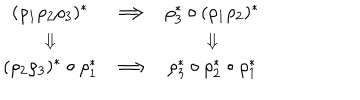
\begin{array} { c c c } { { ( \rho _ { 1 } \rho _ { 2 } \rho _ { 3 } ) ^ { * } } } & { { \Longrightarrow } } & { { \rho _ { 3 } ^ { * } \circ ( \rho _ { 1 } \rho _ { 2 } ) ^ { * } } } \\ { { \Downarrow } } & { { } } & { { \Downarrow } } \\ { { ( \rho _ { 2 } \rho _ { 3 } ) ^ { * } \circ \rho _ { 1 } ^ { * } } } & { { \Longrightarrow } } & { { \rho _ { 3 } ^ { * } \circ \rho _ { 2 } ^ { * } \circ \rho _ { 1 } ^ { * } } } \\ \end{array}